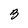
Character: B